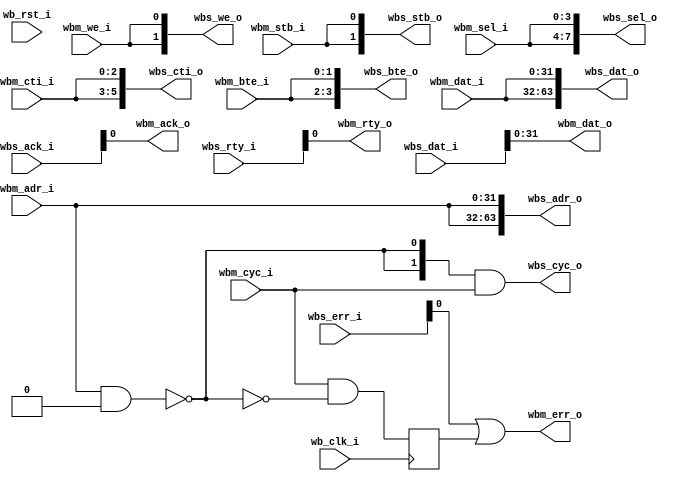
/* wb_mux. Part of wb_intercon
 *
 * ISC License
 *
 * Copyright (C) 2013-2019  Olof Kindgren <olof.kindgren@gmail.com>
 *
 * Permission to use, copy, modify, and/or distribute this software for any
 * purpose with or without fee is hereby granted, provided that the above
 * copyright notice and this permission notice appear in all copies.
 *
 * THE SOFTWARE IS PROVIDED "AS IS" AND THE AUTHOR DISCLAIMS ALL WARRANTIES
 * WITH REGARD TO THIS SOFTWARE INCLUDING ALL IMPLIED WARRANTIES OF
 * MERCHANTABILITY AND FITNESS. IN NO EVENT SHALL THE AUTHOR BE LIABLE FOR
 * ANY SPECIAL, DIRECT, INDIRECT, OR CONSEQUENTIAL DAMAGES OR ANY DAMAGES
 * WHATSOEVER RESULTING FROM LOSS OF USE, DATA OR PROFITS, WHETHER IN AN
 * ACTION OF CONTRACT, NEGLIGENCE OR OTHER TORTIOUS ACTION, ARISING OUT OF
 * OR IN CONNECTION WITH THE USE OR PERFORMANCE OF THIS SOFTWARE.
 */

/*
 Wishbone multiplexer, burst-compatible

 Simple mux with an arbitrary number of slaves.

 The parameters MATCH_ADDR and MATCH_MASK are flattened arrays
 aw*NUM_SLAVES sized arrays that are used to calculate the
 active slave. slave i is selected when
 (wb_adr_i & MATCH_MASK[(i+1)*aw-1:i*aw] is equal to
 MATCH_ADDR[(i+1)*aw-1:i*aw]
 If several regions are overlapping, the slave with the lowest
 index is selected. This can be used to have fallback
 functionality in the last slave, in case no other slave was
 selected.

 If no match is found, the wishbone transaction will stall and
 an external watchdog is required to abort the transaction

 Todo:
 Registered master/slave connections
 Rewrite with System Verilog 2D arrays when tools support them
*/
module wb_mux
  #(parameter dw = 32,        // Data width
    parameter aw = 32,        // Address width
    parameter num_slaves = 2, // Number of slaves
    parameter [num_slaves*aw-1:0] MATCH_ADDR = 0,
    parameter [num_slaves*aw-1:0] MATCH_MASK = 0)

   (input                      wb_clk_i,
    input 		       wb_rst_i,

    // Master Interface
    input [aw-1:0] 	       wbm_adr_i,
    input [dw-1:0] 	       wbm_dat_i,
    input [3:0] 	       wbm_sel_i,
    input 		       wbm_we_i,
    input 		       wbm_cyc_i,
    input 		       wbm_stb_i,
    input [2:0] 	       wbm_cti_i,
    input [1:0] 	       wbm_bte_i,
    output [dw-1:0] 	       wbm_dat_o,
    output 		       wbm_ack_o,
    output 		       wbm_err_o,
    output 		       wbm_rty_o,
    // Wishbone Slave interface
    output [num_slaves*aw-1:0] wbs_adr_o,
    output [num_slaves*dw-1:0] wbs_dat_o,
    output [num_slaves*4-1:0]  wbs_sel_o,
    output [num_slaves-1:0]    wbs_we_o,
    output [num_slaves-1:0]    wbs_cyc_o,
    output [num_slaves-1:0]    wbs_stb_o,
    output [num_slaves*3-1:0]  wbs_cti_o,
    output [num_slaves*2-1:0]  wbs_bte_o,
    input [num_slaves*dw-1:0]  wbs_dat_i,
    input [num_slaves-1:0]     wbs_ack_i,
    input [num_slaves-1:0]     wbs_err_i,
    input [num_slaves-1:0]     wbs_rty_i);

///////////////////////////////////////////////////////////////////////////////
// Master/slave connection
///////////////////////////////////////////////////////////////////////////////

   //Use parameter instead of localparam to work around a bug in Xilinx ISE
   parameter slave_sel_bits = num_slaves > 1 ? $clog2(num_slaves) : 1;

   reg  			 wbm_err;
   wire [slave_sel_bits-1:0] 	 slave_sel;
   wire [num_slaves-1:0] 	 match;

   genvar 			 idx;

   generate
      for(idx=0; idx<num_slaves ; idx=idx+1) begin : addr_match
	 assign match[idx] = (wbm_adr_i & MATCH_MASK[idx*aw+:aw]) == MATCH_ADDR[idx*aw+:aw];
      end
   endgenerate

//
// Find First 1 - Start from MSB and count downwards, returns 0 when no bit set
//
   function [slave_sel_bits-1:0] ff1;
      input [num_slaves-1:0] in;
      integer 		     i;

      begin
	 ff1 = 0;
	 for (i = num_slaves-1; i >= 0; i=i-1) begin
	    if (in[i])
/* verilator lint_off WIDTH */
	      ff1 = i;
/* verilator lint_on WIDTH */
	 end
      end
   endfunction

   assign slave_sel = ff1(match);

   always @(posedge wb_clk_i)
     wbm_err <= wbm_cyc_i & !(|match);

   assign wbs_adr_o = {num_slaves{wbm_adr_i}};
   assign wbs_dat_o = {num_slaves{wbm_dat_i}};
   assign wbs_sel_o = {num_slaves{wbm_sel_i}};
   assign wbs_we_o  = {num_slaves{wbm_we_i}};
/* verilator lint_off WIDTH */

   assign wbs_cyc_o = match & (wbm_cyc_i << slave_sel);
/* verilator lint_on WIDTH */
   assign wbs_stb_o = {num_slaves{wbm_stb_i}};

   assign wbs_cti_o = {num_slaves{wbm_cti_i}};
   assign wbs_bte_o = {num_slaves{wbm_bte_i}};

   assign wbm_dat_o = wbs_dat_i[slave_sel*dw+:dw];
   assign wbm_ack_o = wbs_ack_i[slave_sel];
   assign wbm_err_o = wbs_err_i[slave_sel] | wbm_err;
   assign wbm_rty_o = wbs_rty_i[slave_sel];

endmodule